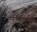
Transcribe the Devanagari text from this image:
वाइलेंट